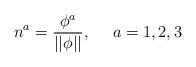
LaTeX: \begin{align*}n^a=\frac{\phi ^a}{||\phi ||},\quad \ a=1,2,3\end{align*}